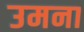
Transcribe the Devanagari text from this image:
उमना